Problem: 8 × 6 = ?
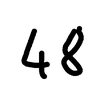
Handwritten answer: 48